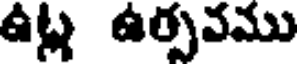
ఉట్ల ఉర్పవము